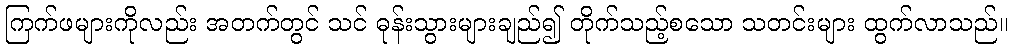
ကြက်ဖများကိုလည်း အတက်တွင် သင် ဓုန်းသွားများချည်၍ တိုက်သည့်စသော သတင်းများ ထွက်လာသည်။